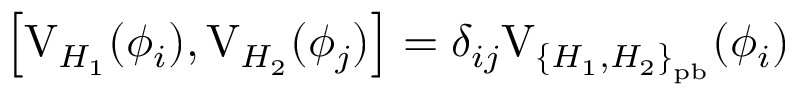
\left[ \mathrm { V } _ { H _ { 1 } } ( \phi _ { i } ) , \mathrm { V } _ { H _ { 2 } } ( \phi _ { j } ) \right] = \delta _ { i j } \mathrm { V } _ { { \{ H _ { 1 } , H _ { 2 } \} } _ { \mathrm { p b } } } ( \phi _ { i } )